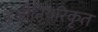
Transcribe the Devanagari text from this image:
इंजीनियरिकृत